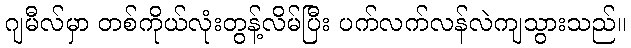
ဂျမီလ်မှာ တစ်ကိုယ်လုံးတွန့်လိမ်ပြီး ပက်လက်လန်လဲကျသွားသည်။